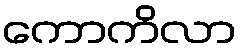
ကောကိလာ